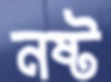
নষ্ট